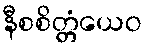
နီစစိတ္တံယေဝ